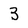
Character: 3